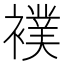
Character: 襆